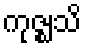
ကုဇ္ဈသိ